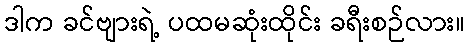
ဒါက ခင်ဗျားရဲ့ ပထမဆုံးထိုင်း ခရီးစဉ်လား။